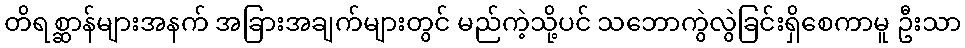
တိရစ္ဆာန်များအနက် အခြားအချက်များတွင် မည်ကဲ့သို့ပင် သဘောကွဲလွဲခြင်းရှိစေကာမူ ဦးသာ